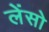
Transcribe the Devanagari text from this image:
लेंसो